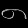
Digit: ၈